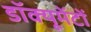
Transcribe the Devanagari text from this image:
डॉक्यूमेंटों